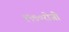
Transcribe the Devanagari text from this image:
१९७०रोजीे